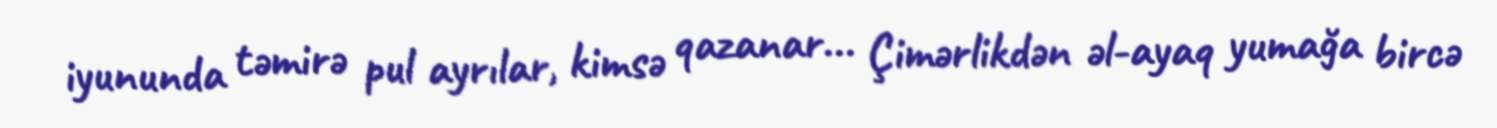
iyununda təmirə pul ayrılar, kimsə qazanar... Çimərlikdən əl-ayaq yumağa bircə